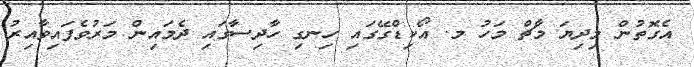
އެގޮތުން މިދިޔަ މާޗް މަހު މ. އޯކިޑްގޭގައި ހިނގި ހާދިސާގައި ދެމައިން މަރުވެފައިވާއިރު